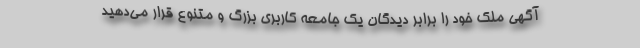
آگهی ملک خود را برابر دیدگان یک جامعه کاربری بزرگ و متنوع قرار می‌دهید